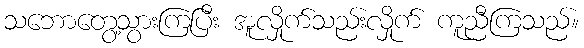
သဘောတွေ့သွားကြပြီး အူလှိုက်သည်းလှိုက် ကူညီကြသည်။